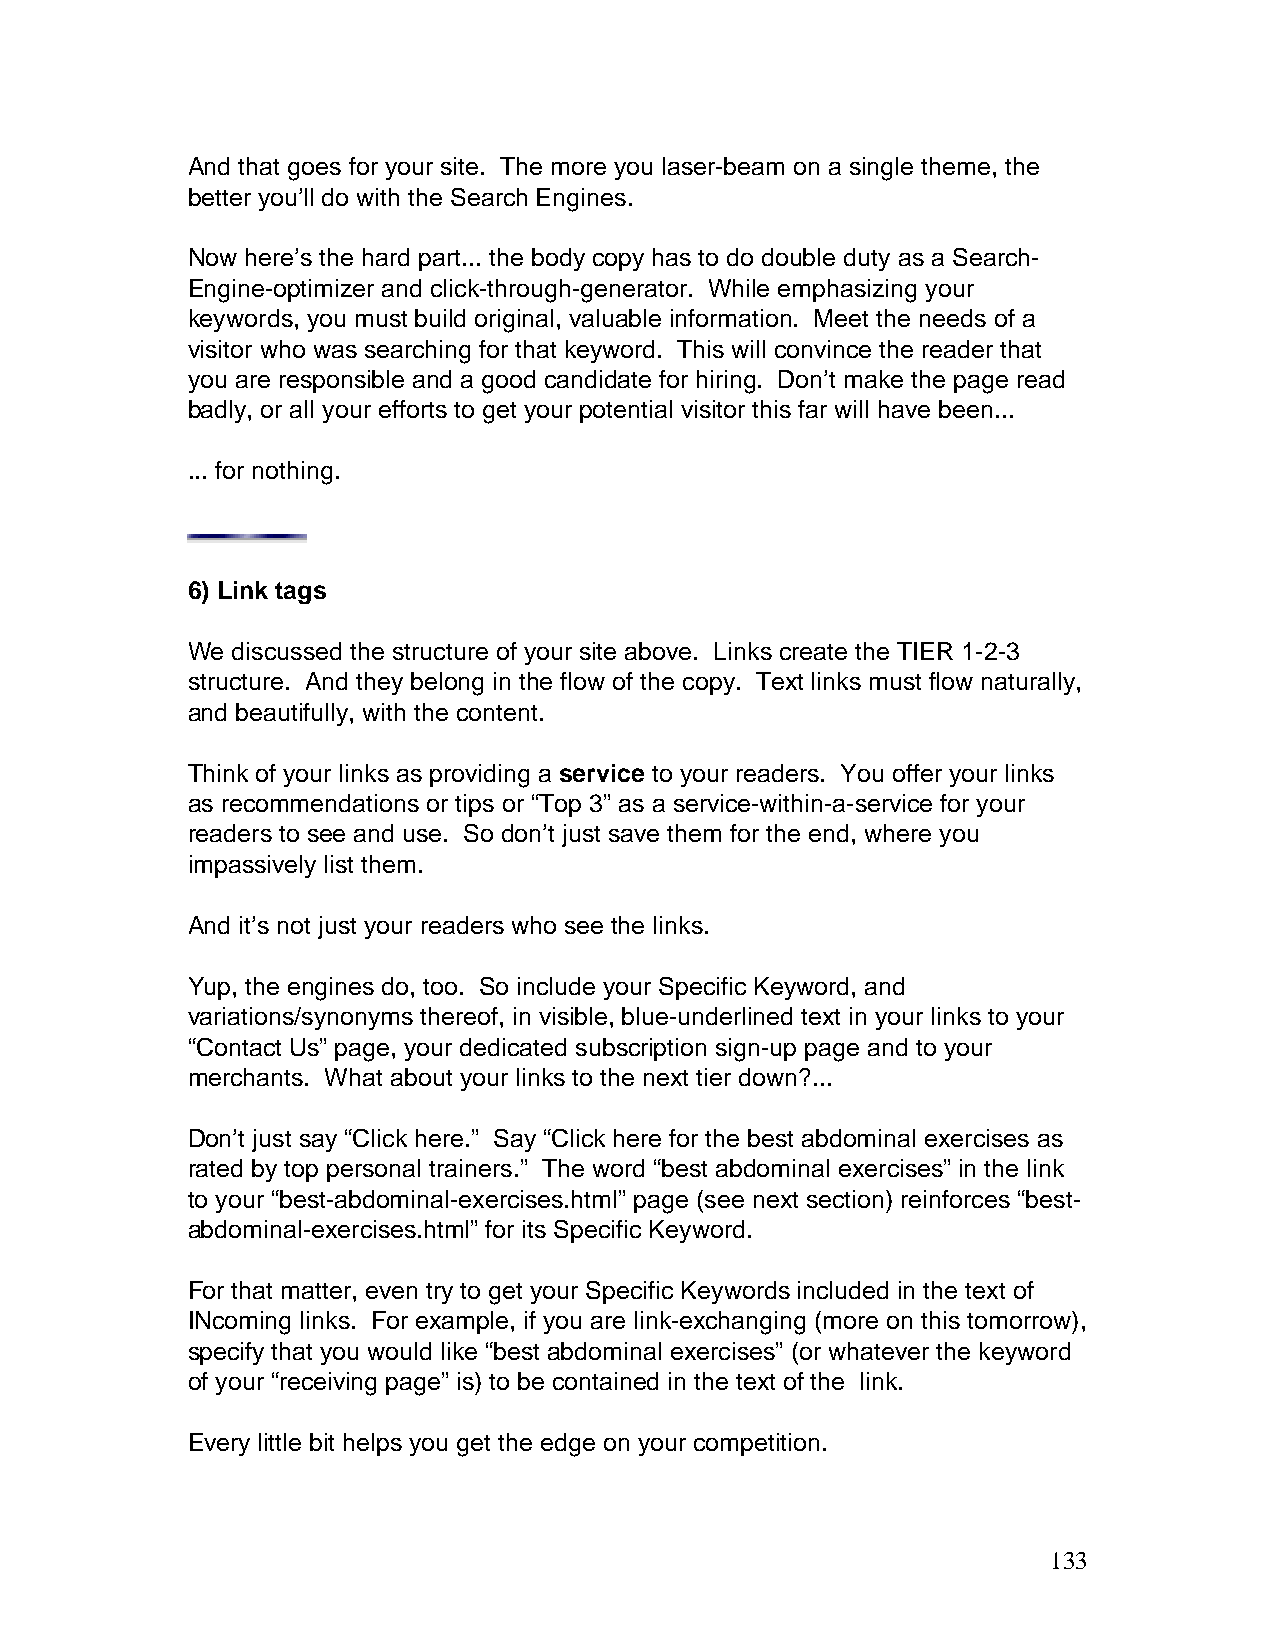
And that goes for your site. The more you laser-beam on a single theme, the
 better you’ll do with the Search Engines.
 Now here’s the hard part... the body copy has to do double duty as a Search-
 Engine-optimizer and click-through-generator. While emphasizing your
 keywords, you must build original, valuable information. Meet the needs of a
 visitor who was searching for that keyword. This will convince the reader that
 you are responsible and a good candidate for hiring. Don’t make the page read
 badly, or all your efforts to get your potential visitor this far will have been...
 ... for nothing.
 6) Link tags
 We discussed the structure of your site above. Links create the TIER 1-2-3
 structure. And they belong in the flow of the copy. Text links must flow naturally,
 and beautifully, with the content.
 Think of your links as providing a service to your readers. You offer your links
 as recommendations or tips or “Top 3” as a service-within-a-service for your
 readers to see and use. So don’t just save them for the end, where you
 impassively list them.
 And it’s not just your readers who see the links.
 Yup, the engines do, too. So include your Specific Keyword, and
 variations/synonyms thereof, in visible, blue-underlined text in your links to your
 “Contact Us” page, your dedicated subscription sign-up page and to your
 merchants. What about your links to the next tier down?...
 Don’t just say “Click here.” Say “Click here for the best abdominal exercises as
 rated by top personal trainers.” The word “best abdominal exercises” in the link
 to your “best-abdominal-exercises.html” page (see next section) reinforces “best-
 abdominal-exercises.html” for its Specific Keyword.
 For that matter, even try to get your Specific Keywords included in the text of
 INcoming links. For example, if you are link-exchanging (more on this tomorrow),
 specify that you would like “best abdominal exercises” (or whatever the keyword
 of your “receiving page” is) to be contained in the text of the link.
 Every little bit helps you get the edge on your competition.
 133